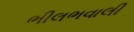
ભીલભવાલી